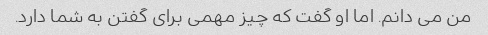
من می دانم. اما او گفت که چیز مهمی برای گفتن به شما دارد.